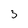
Character: 3